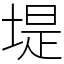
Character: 堤